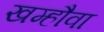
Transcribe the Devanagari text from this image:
खम्हौवा